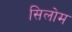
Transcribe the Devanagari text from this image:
सिलोम